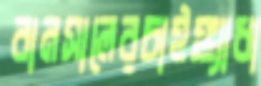
বানসালেরচাইঙ্গ্যাধা